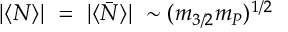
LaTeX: | \langle N \rangle | ~ = ~ | \langle \bar { N } \rangle | ~ \sim ( m _ { 3 / 2 } m _ { P } ) ^ { 1 / 2 }